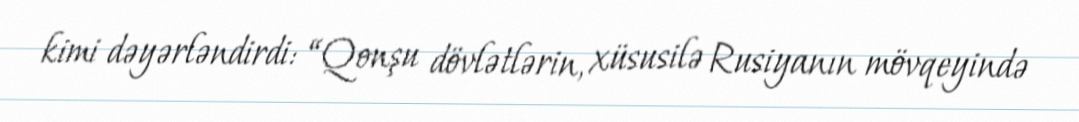
kimi dəyərləndirdi: “Qonşu dövlətlərin, xüsusilə Rusiyanın mövqeyində